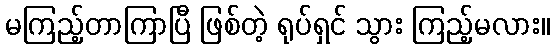
မကြည့်တာကြာပြီ ဖြစ်တဲ့ ရုပ်ရှင် သွား ကြည့်မလား။